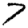
Digit: 7